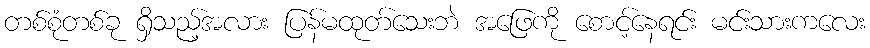
တစ်စုံတစ်ခု ရှိသည့်အလား ပြန်မထုတ်သေးဘဲ အဖြေကို စောင့်နေရင်း မင်းသားကလေး